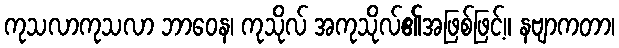
ကုသလာကုသလာ ဘာဝေန၊ ကုသိုလ် အကုသိုလ်၏အဖြစ်ဖြင့်။ နဗျာကတာ၊